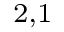
_ { 2 , 1 }